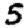
Digit: 5